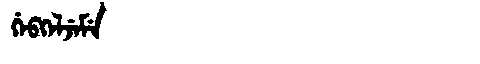
Manchu: ᡤᡝᠪᡴᡝᠯᠵᡝᠮᡝ
Romanization: GEBKELJEME